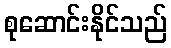
စုဆောင်းနိုင်သည်